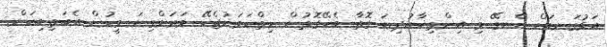
އަޅުގަނޑަށް އެނގޭ މި އިންތިޚާބުދިޔަ ގޮތާ ބެހޭގޮތުން ހިތްހަމަނުޖެހޭ ވަރަށްގިނަ މީހުން އެބަތިބިކަން.